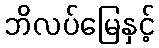
ဘိလပ်မြေနှင့်